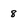
Character: 8